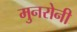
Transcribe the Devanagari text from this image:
मुनरोनी